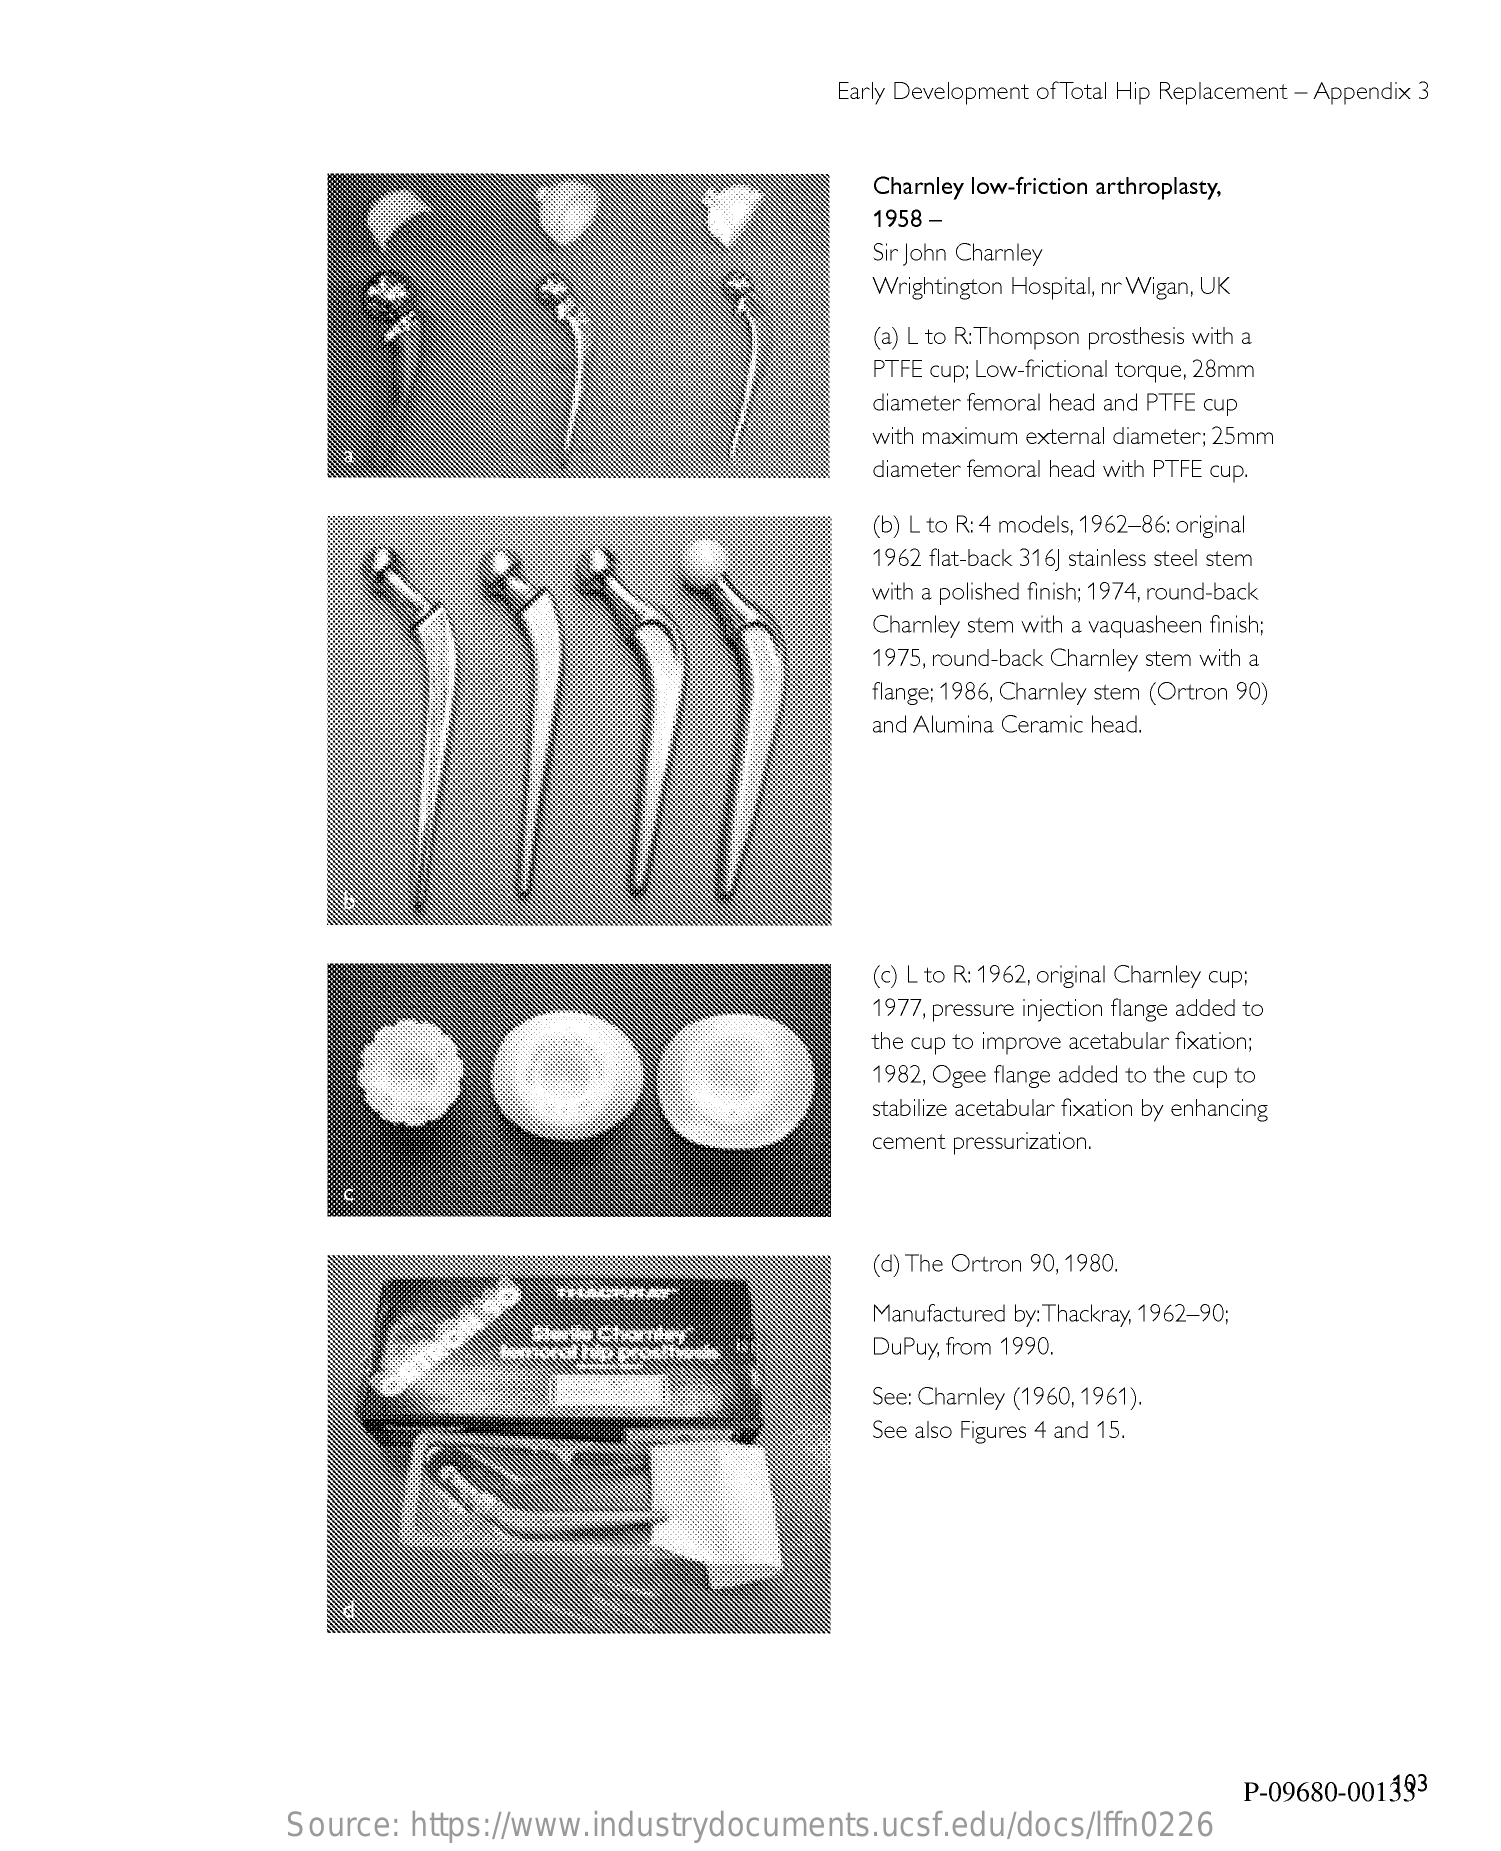
Early Development of Total Hip Replacement - Appendix 3
     Charnley low-friction arthroplasty,
     1958 -
     Sir John Charnley
     Wrightington Hospital, nr Wigan, UK
     (a) L to R: Thompson prosthesis with a
     PTFE cup; Low-frictional torque, 28mm
     diameter femoral head and PTFE cup
     with maximum external diameter; 25mm
     diameter femoral head with PTFE cup.
     (b) L to R: 4 models, 1962-86: original
     1962 flat-back 316] stainless steel stem
     with a polished finish; 1974, round-back
     Charnley stem with a vaquasheen finish;
     1975, round-back Charnley stem with a
     flange; 1986, Chamley stem (Ortron 90)
     and Alumina Ceramic head.
     (c) L to R: 1962, original Charley cup;
     1977, pressure injection flange added to
     the cup to improve acetabular fixation;
     1982, Ogee flange added to the cup to
     stabilize acetabular fixation by enhancing
     cement pressurization.
     (d) The Ortron 90,1980.
     Manufactured by: Thackray, 1962-90;
     DuPuy, from 1990.
     See: Charnley (1960, 1961).
     See also Figures 4 and 15.
     P-09680-001393
     Source: https://www.industrydocuments.ucsf.edu/docs/lffn0226